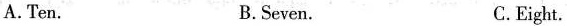
A.Ten. B.Seven. C.Eight.